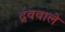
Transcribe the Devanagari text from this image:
द्रववाले